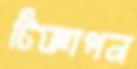
টিজ্ঞাপন